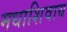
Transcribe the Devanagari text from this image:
मधाशिवाय